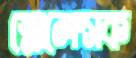
স্মোলেন্সক